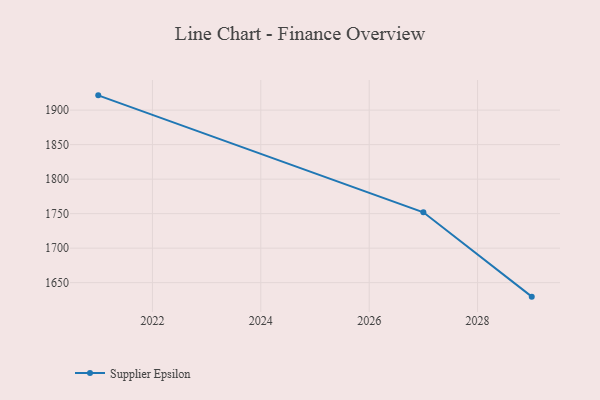
{"axis": {"x": "Year", "y": "Net Income (USD K)"}, "legend": ["Supplier Epsilon"], "data": [{"x": "2029", "y": 1629.7, "type": "Supplier Epsilon"}, {"x": "2027", "y": 1751.9, "type": "Supplier Epsilon"}, {"x": "2021", "y": 1921.4, "type": "Supplier Epsilon"}]}